Vana-Antsla_vallavalitsus, lk 92
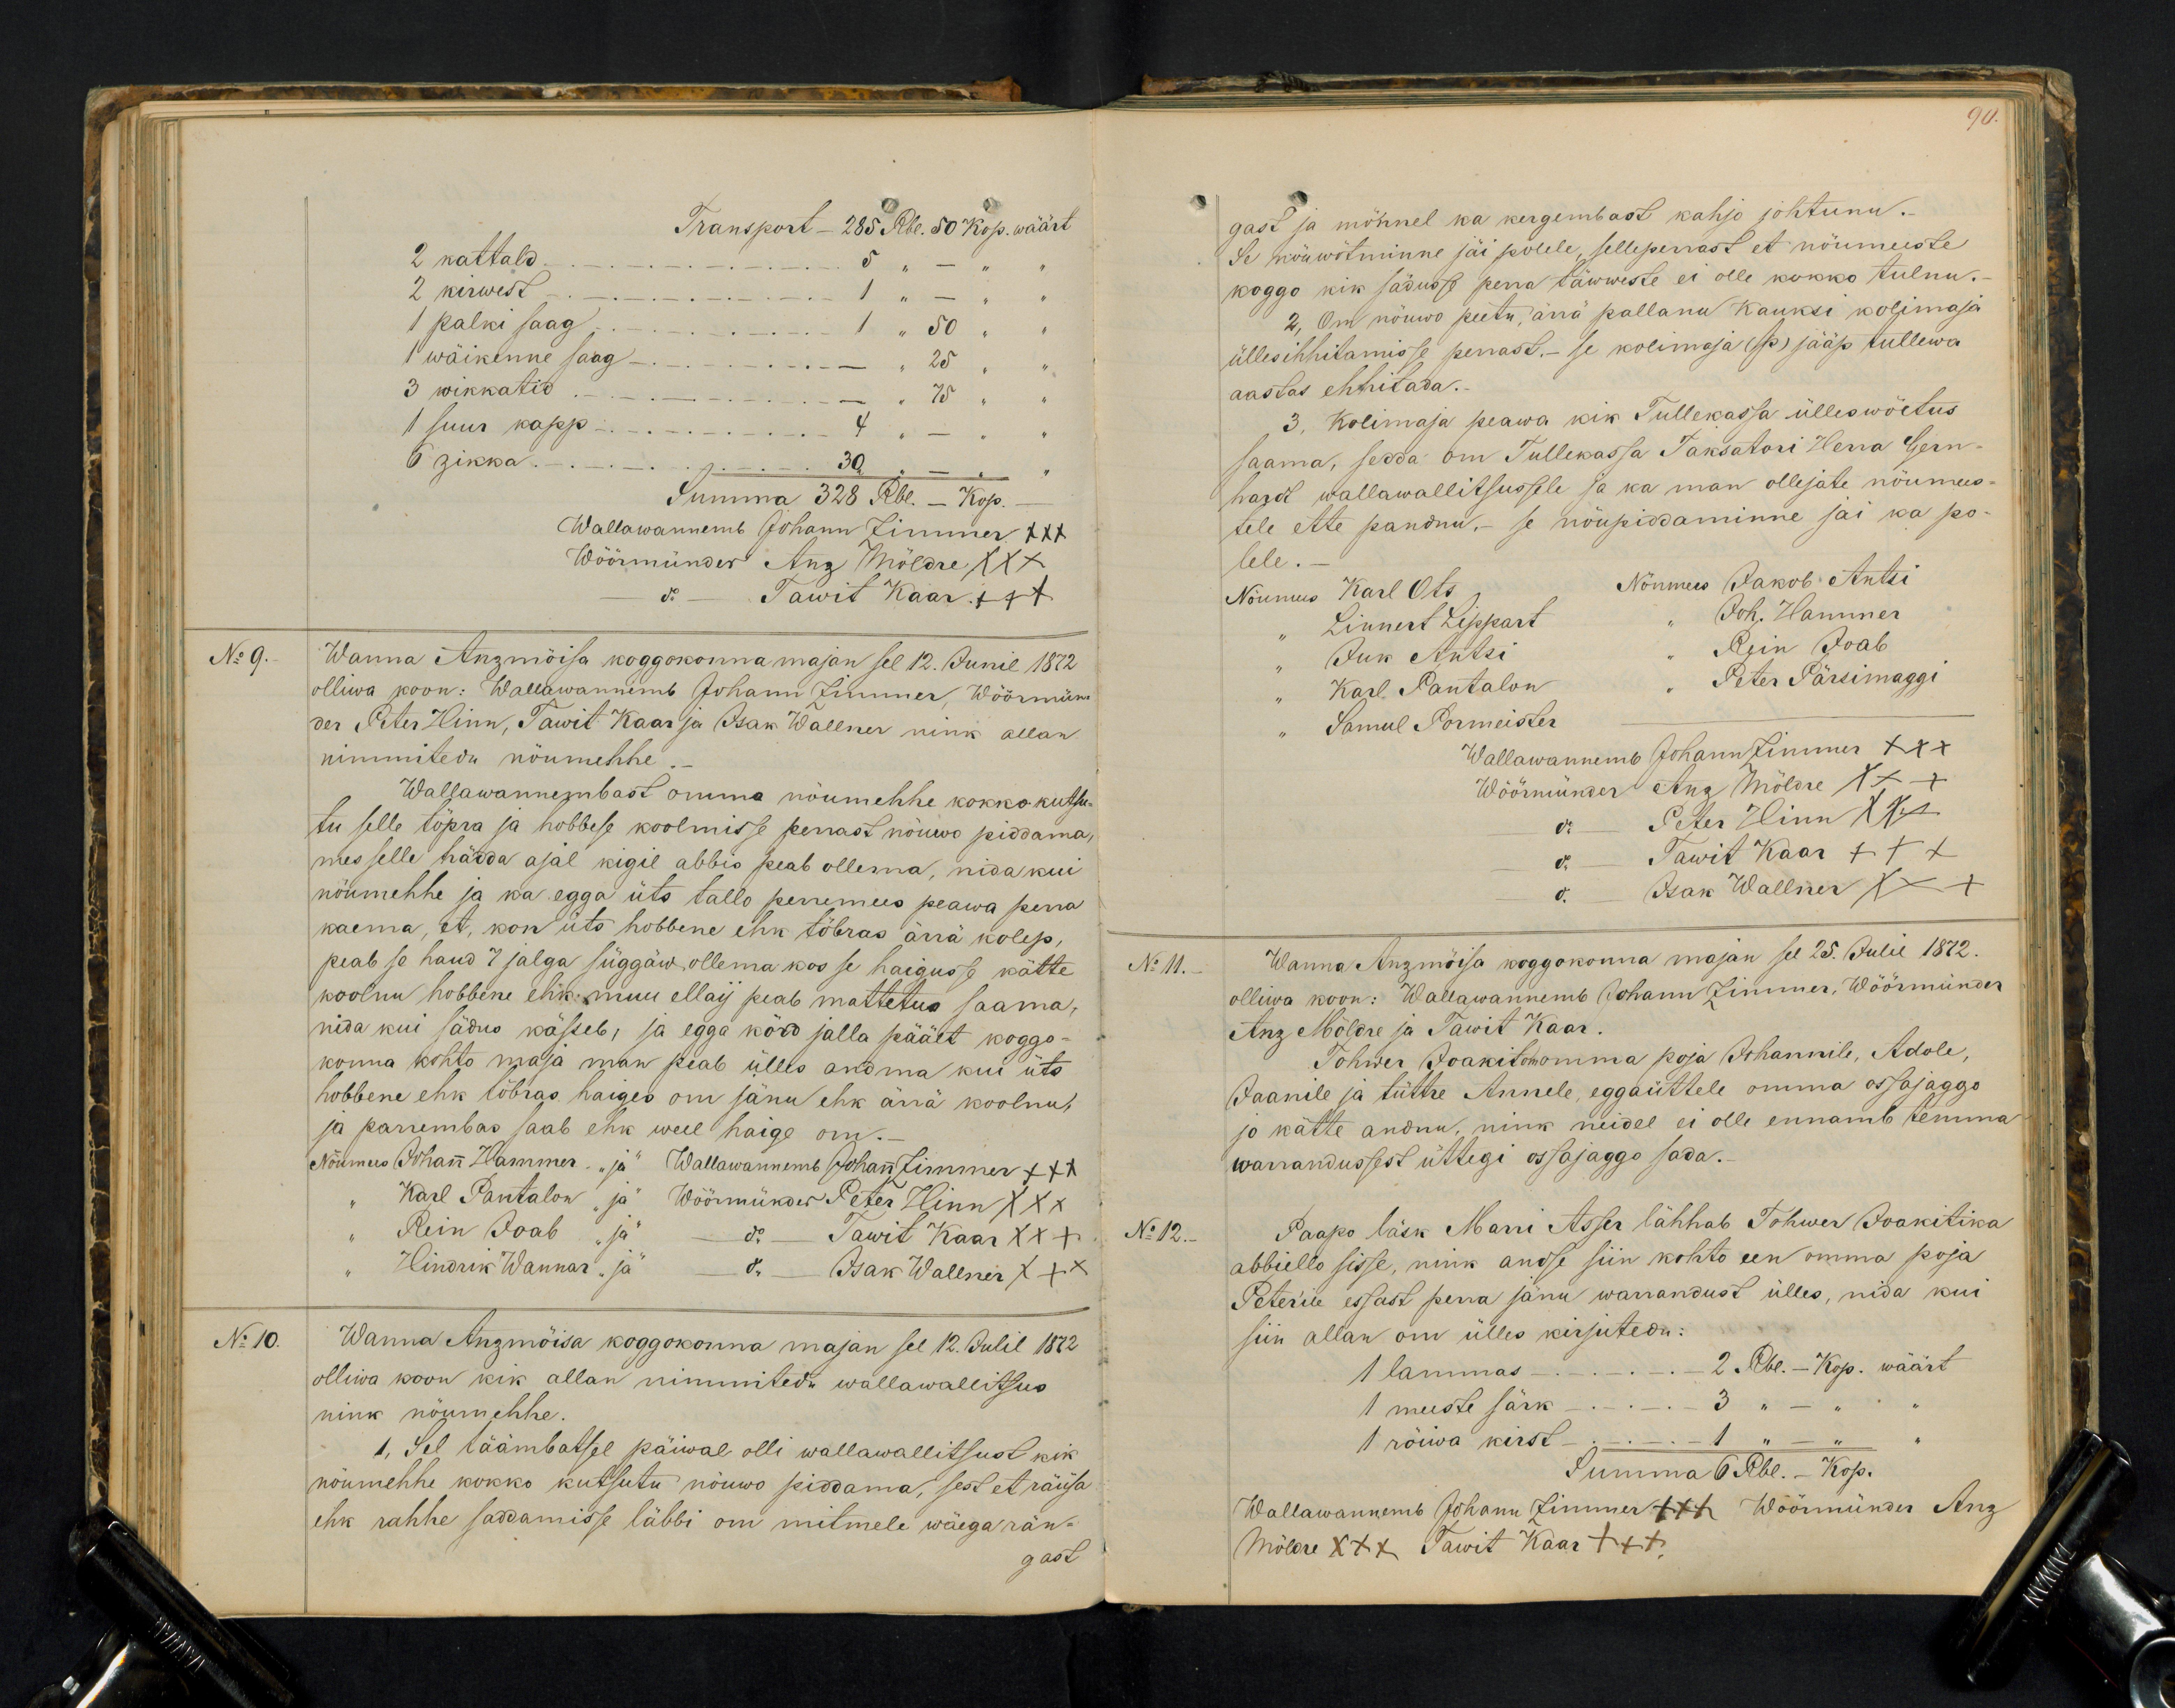
Transport - 285 Rbl. 50 kop. wäärt
2 kattald - - 5 " - "
2 kirwest - 1 " - "
1 palki saag - - 1 " 50 "
1 wäikenne saag - - " 25 "
3 wikkatid - - " 75 " "
1 suur kapp - 4 " - "
6 zikka. - - 30 -,
Summa 328 Rbl. - Kop.
Wallawannemb Johann Zimmer XXX
Wöörmünder Anz Möldre XXX
do - Tawit Kaar +++
No 9.
Wanna Anzmõisa koggokonna majan sel 12. Junil 1872
olliwa koon: Wallawannemb Johann Zimmer Wöörmün-
der Peter Hinn, Tawit Kaar ja Isak Wallner nink allan
nimmitedu nöumehhe.
Wallawannembast omma nõumehhe kokko kutsu-
tu selle töpra ja hobbese koolmisse perrast nöuwo piddama
mes selle hädda ajal kigil abbis peab ollema, nida kui
nöumehhe ja ka egga üts tallo perremees peawa perra
kaema, et, kon üts hobbene ehk tõbras ärra kolep,
peab se haud 7 jalga süggäw, ollema kos se haigusse kätte
koolnu hobbene ehk muu ellaij peab mattetus saama,
nida kui sädus kässeb, ja egga körd jalla päält koggo-
konna kohto maja man peab ülles andma kui üts
hobbene ehk töbras haiges om jänu ehk ärrä koolnu
ja parrembas saab ehk weel haige om.
Nõumees Johann Hammer, "ja" Wallawanemb Johann Zimmer xxx
Karl Pantalon "ja" Wöörmünder Peter Hinn XXX
Hindrik Wannar "ja" do - Isak Wallner  XXX.
Rein Ioab "ja" - do - Tawit Kaar XXX
No 10.
Wanna Anzmõisa koggokonna majan sel 12. Julil 1872
olliwa koon kik allan nimmitedu wallawallitsus
nink nöumehhe
1, Sel täämbatsel päiwal olli wallawallitsust kik
nöumehhe kokko kutsutu nöuwo piddama, sest et räüsa
ehk rahhe saddamisse läbbi on mitmele wäega rän-
gast

90.
Se nöuwötminne jäi polele, selleperrast et nöumeeste
gast ja mönnel ka kergembast kahjo johtunu.
koggo kik sädusse perra täwweste ei olle kokko tulnu.
2, On nöuwo peetu, ärrä pallanu Kauksi kolimaja
üllesihhitamisse perrast. - se kolimaja (p) jääp tullewa
aastas ehhitada.
3, Kolimaja peawa kik Tullekassa ülleswöetus
saama, sedda om Tullekassa Taksatori Herra Bern-
hardt wallawallitsussele ja ka man ollejate nöumees-
tele ette pandnu, se nöupidamine jai ka po-
Nöumees Karl Ots, Nöumees Jakob Antsi
lele.
Linnert Lippart " Joh, Hammer
"Juk Antsi" "Rein Ioab"
"Karl Pantalon" " Peter Pärsimaggi
"Samul Pormeister
Wallawannemb Johann Zimmer XXX
Wöörmünder Anz Möldre XXX
do - Peter Hinn XXX
do. - Tawit Kaar +++
do. Isak Wallner XXX
No 11.
Wanna Anzmöisa koggokonna majan sel 25. Julil 1872.
olliwa koon: Wallawannemb Johann Zimmer, Wöörmünder
Anz Möldre ja Tawit Kaar.
Tohwer Joakit om omma poja Johannile, Adole,
Jaanile ja tütre Annele, eggaüttele omma ossajagga
jo kätte andnu, nink neidel ei olle ennamb temma
warrandussest ühtegi ossajaggo sada.
No 12.
Paapo läsk Marri Asser lähhab Tohwer Joakitika
abbielle sisse, nink andse siin kohto een omma poja
Peterile essast perra jänu warrandust ülles, nida kui
siin allan om ülles kirjutedu:
1 lammas - 2. Rbl. - Kop. wäärt
1 meeste särk - 3 " - " "
1 röiwa kirst. - 1 " - "
Summa 6 Rbl. - Kop.
Wallawannemb Johann Zimmer +++ Wöörmünder Anz
Möldre XXX Tawit Kaar +++